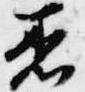
着